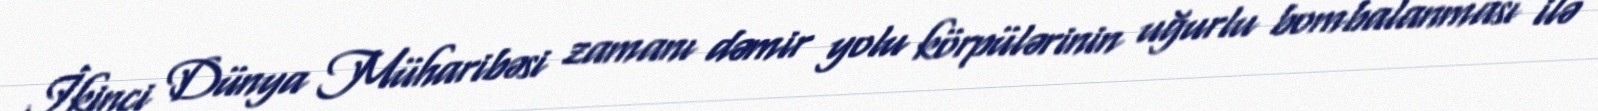
İkinci Dünya Müharibəsi zamanı dəmir yolu körpülərinin uğurlu bombalanması ilə